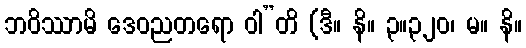
ဘဝိဿာမိ ဒေဝညတရော ဝါ”တိ (ဒီ။ နိ။ ၃။၃၂၀၊ မ။ နိ။